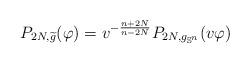
LaTeX: \begin{align*}P_{2N, \widetilde g} (\varphi) = v ^{-\frac{n+2N}{n-2N}} P_{2N, g_{\mathbb S^n}} (v \varphi)\end{align*}